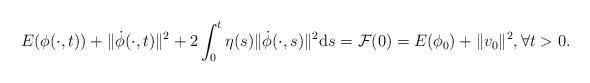
LaTeX: \begin{align*}E(\phi(\cdot,t))+\|\dot{\phi}(\cdot,t)\|^2+2\int_0^t\eta(s)\|\dot{\phi}(\cdot,s)\|^2\mathrm{d}s=\mathcal{F}(0)=E(\phi_0)+\|v_0\|^2,\forall t>0.\end{align*}